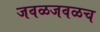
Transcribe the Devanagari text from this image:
जवळजवळच